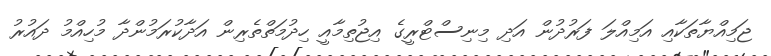
ޖަމިއްޔާތަކާއި އަމިއްލަ ފަރުދުން އަދި މިނިސްޓްރީގެ އިޖުތިމާއީ ހިދުމަތްތެރިން އަދާކުރަމުންދާ މުހިއްމު ދައުރު